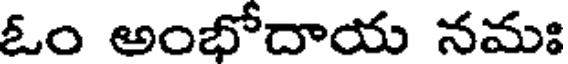
ఓం అంభోదాయ నమః